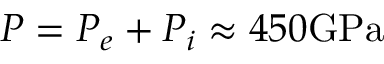
P = P _ { e } + P _ { i } \approx 4 5 0 \mathrm { G P a }